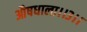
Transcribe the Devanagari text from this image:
औषधाला।।३।।